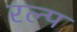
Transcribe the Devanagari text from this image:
रल्प